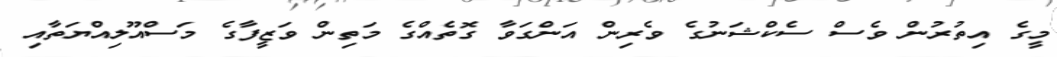
މީގެ އިތުރުން ވެސް ސެކްޝަނުގެ ވެރިން އަންގަވާ ގޮތެއްގެ މަތިން ވަޒީފާގެ މަސްއޫލިއްޔަތާއި